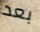
بعد